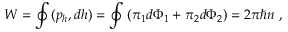
W = \oint ( p _ { h } , d h ) = \oint \left( \pi _ { 1 } d \Phi _ { 1 } + \pi _ { 2 } d \Phi _ { 2 } \right) = 2 \pi \hbar n \ ,